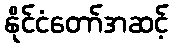
နိုင်ငံတော်အဆင့်